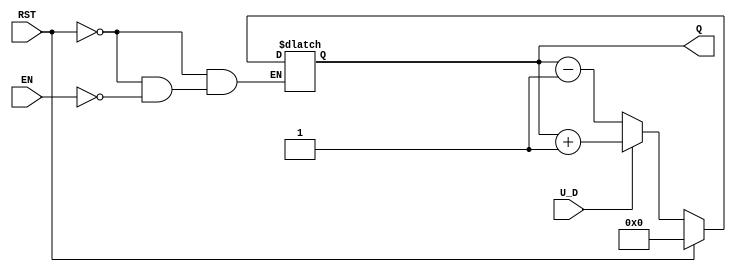
module UpDownCounter (
    input wire U_D,      // Up/Down control signal
    input wire RST,      // Asynchronous reset signal
    input wire EN,       // Enable signal
    output reg [3:0] Q   // 4-bit count output
);
    parameter WIDTH = 4; // Width of the counter

    // Asynchronous reset logic
    always @(*) begin
        if (RST) begin
            Q = 0; // Reset counter to 0
        end else if (EN) begin
            if (U_D) begin
                // Counting up
                Q = Q + 1; // Increment count
            end else begin
                // Counting down
                Q = Q - 1; // Decrement count
            end
        end
    end
endmodule